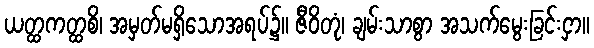
ယတ္ထကတ္ထစိ၊ အမှတ်မရှိသောအရပ်၌။ ဇီဝိတုံ၊ ချမ်းသာစွာ အသက်မွေးခြင်းငှာ။